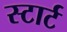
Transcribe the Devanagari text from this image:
स्‍टार्ट